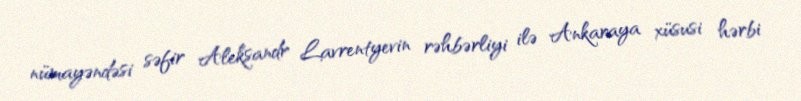
nümayəndəsi səfir Aleksandr Lavrentyevin rəhbərliyi ilə Ankaraya xüsusi hərbi